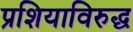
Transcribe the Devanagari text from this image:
प्रशियाविरुद्ध